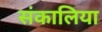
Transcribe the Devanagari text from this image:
संकालिया